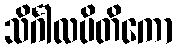
သိင်္ဂါလပိတိကော